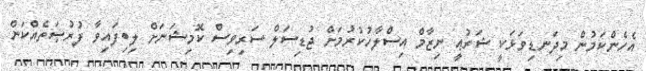
އެހެންކަމުން މިދަނޑިވަޅަކީ ޝަރުޢީ ނިޒާމް އިސްލާހުކުރުމަށް ޖުޑިސަލް ސަރިވިސް ކޮމިޝަނަށް ލިބިފައިވާ ފުރުޞަތެއްކަން